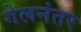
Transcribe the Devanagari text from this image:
गेलनंतर